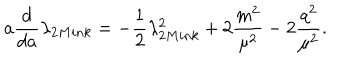
a \frac { d } { d a } \lambda _ { 2 M i n k } = - \frac { 1 } { 2 } \lambda _ { 2 M i n k } ^ { 2 } + 2 \frac { m ^ { 2 } } { \mu ^ { 2 } } - 2 \frac { q ^ { 2 } } { \mu ^ { 2 } } .